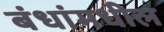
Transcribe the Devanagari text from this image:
बंधांमधील